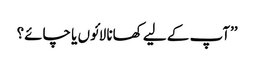
’’آپ کے لیے کھانا لائوں یا چائے؟